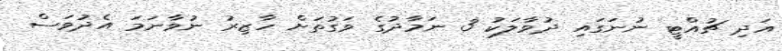
އަދި ޗުއްޓީ ނުނަގައި ދުވާލަކު 3 ނަމާދުގެ ވަގުތަށް ހާޒިރު ނުވާނަމަ އެދުވަސް